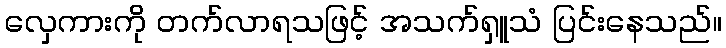
လှေကားကို တက်လာရသဖြင့် အသက်ရှူသံ ပြင်းနေသည်။